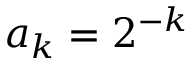
a _ { k } = 2 ^ { - k }